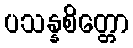
ပသန္နစိတ္တော